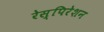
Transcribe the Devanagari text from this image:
रेस्पिरेशन